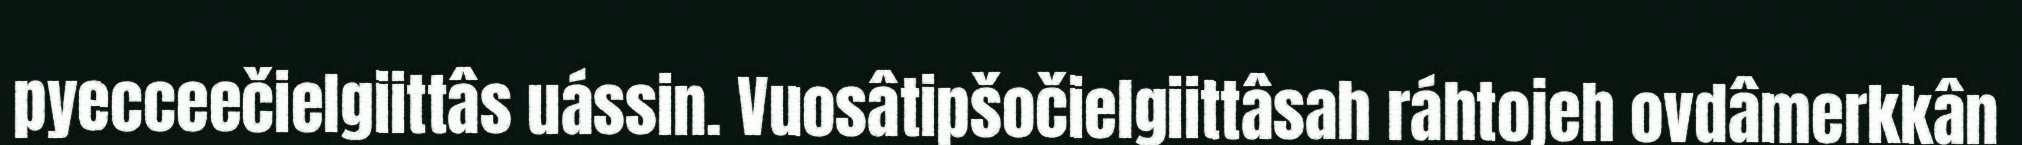
pyecceečielgiittâs uássin. Vuosâtipšočielgiittâsah ráhtojeh ovdâmerkkân